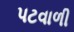
પટવાળી